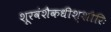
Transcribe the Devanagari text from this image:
शूरवंशैकधीश्शौरिः